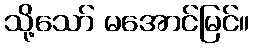
သို့သော် မအောင်မြင်။